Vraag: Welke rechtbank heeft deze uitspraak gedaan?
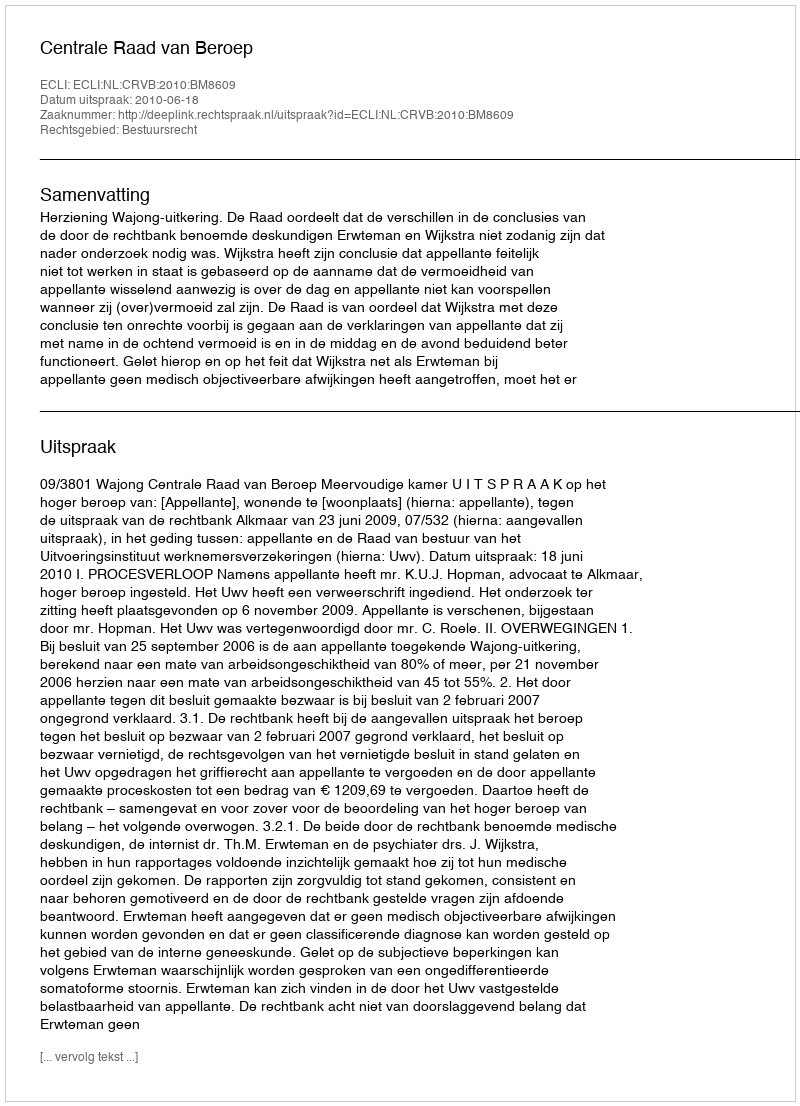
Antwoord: Centrale Raad van Beroep